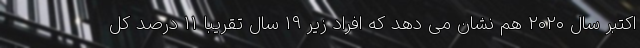
اکتبر سال ۲۰۲۰ هم نشان می دهد که افراد زیر ۱۹ سال تقریبا ۱۱ درصد کل